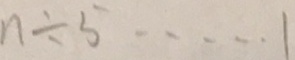
n \div 5 \cdots 1